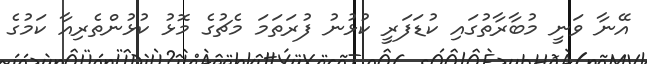
އޭނާ ވަނީ މުބާރާތުގައި ކުޑަފަރީ ކުޅުނު ފުރަތަމަ މެޗުގެ މޮޅު ކުޅުންތެރިއާ ކަމުގެ